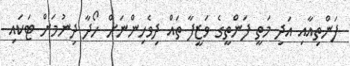
ފަންތިއާއި އަދި މަތީ ފަންތީގެ ވަޒީފާ ތައް ދިވެހިންނަށް ހޯދާ ދިނުމަށް ޓަކައި